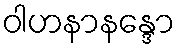
ဝါဟနာနန္ဒော